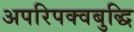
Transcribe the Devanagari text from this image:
अपरिपक्वबुद्धि